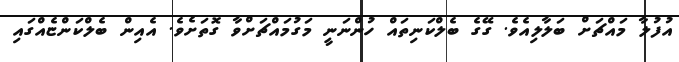
އުފުލާ މައްޗަށް ބަލާލިއެވެ. ގޭގެ ބެލްކަނިތައް ހުންނަނީ މަގުމައްޗަށްވާ ގޮތަށެވެ. އެއިން ބެލްކަންޏެއްގައި